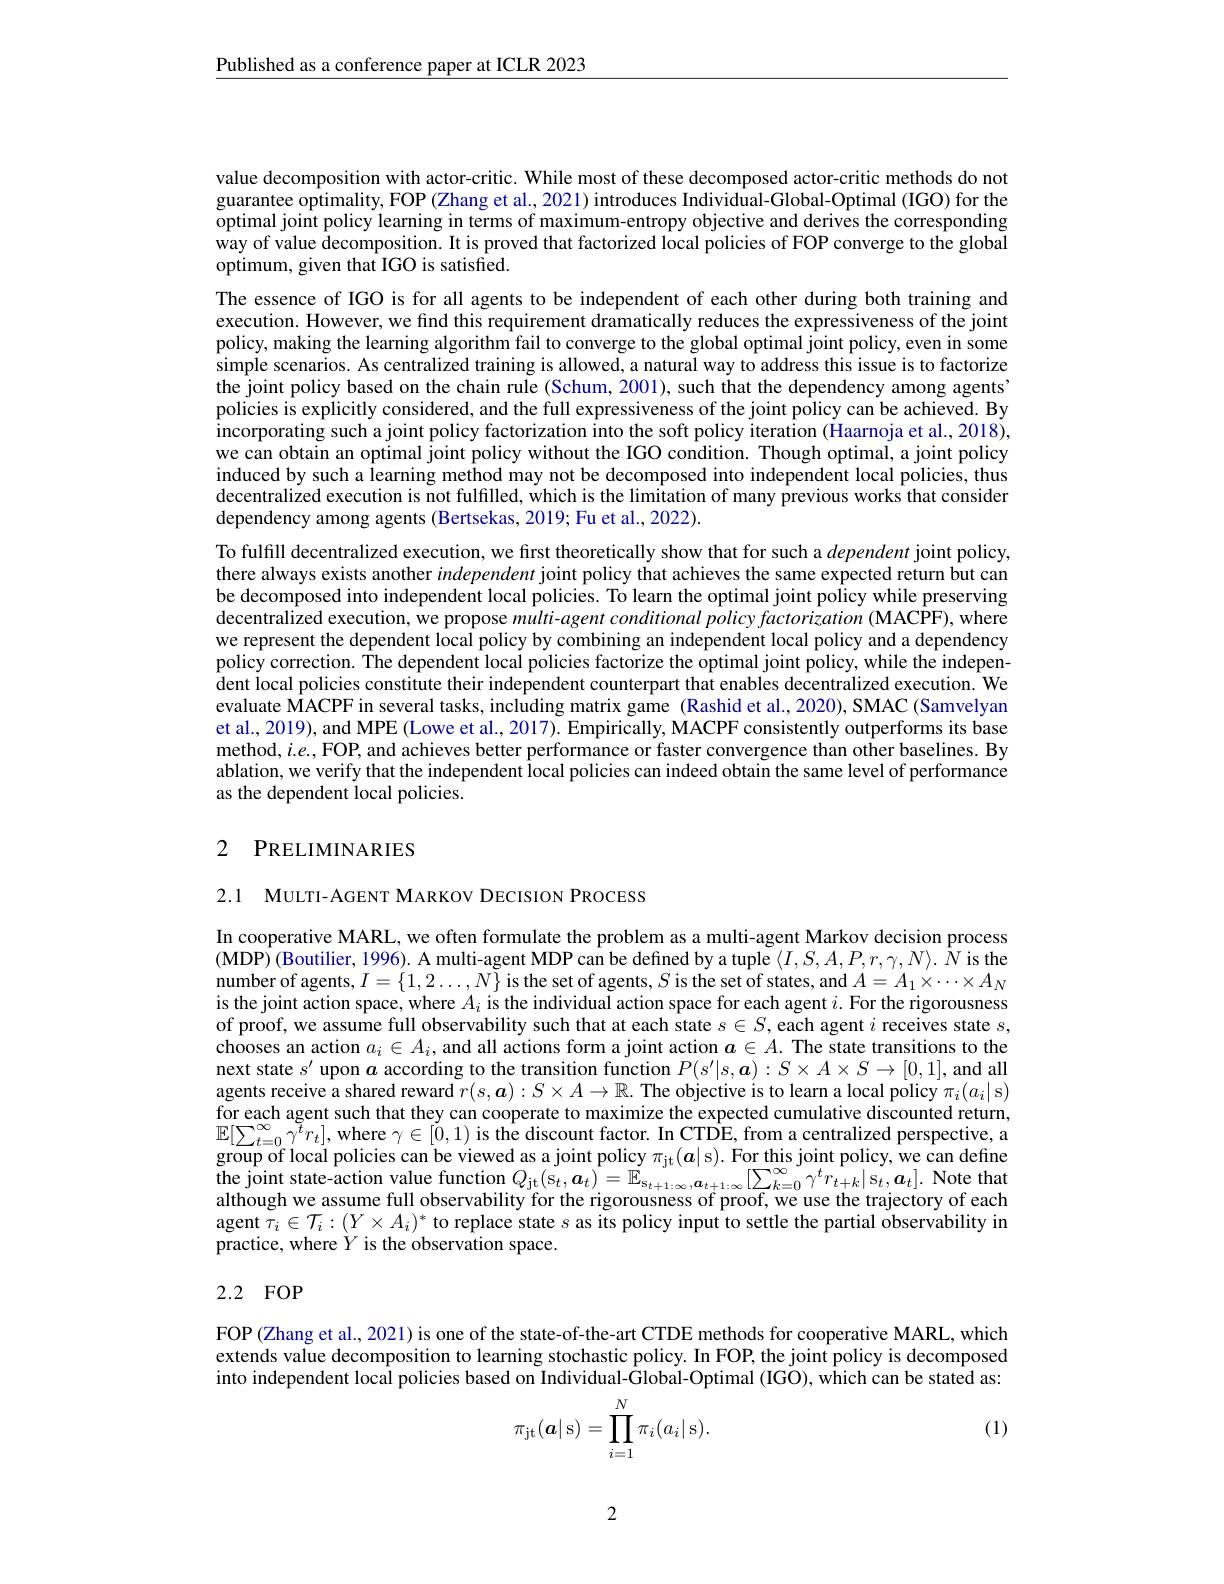
Published as a conference paper at ICLR 2023

value decomposition with actor-critic. While most of these decomposed actor-critic methods do not guarantee optimality, FOP (Zhang et al., 2021) introduces Individual-Global-Optimal (IGO) for the optimal joint policy learning in terms of maximum-entropy objective and derives the corresponding way of value decomposition. It is proved that factorized local policies of FOP converge to the global optimum, given that IGO is satisfied.

The essence of IGO is for all agents to be independent of each other during both training and execution. However, we find this requirement dramatically reduces the expressiveness of the joint policy, making the learning algorithm fail to converge to the global optimal joint policy, even in some simple scenarios. As centralized training is allowed, a natural way to address this issue is to factorize the joint policy based on the chain rule (Schum, 2001), such that the dependency among agents' policies is explicitly considered, and the full expressiveness of the joint policy can be achieved. By $\hat{\text{incorporating such a joint policy factorization into the soft policy iteration (Haarnoja et al., 2018),}}$ we can obtain an optimal joint policy without the IGO condition. Though optimal, a joint policy induced by such a learning method may not be decomposed into independent local policies, thus decentralized execution is not fulfilled, which is the limitation of many previous works that consider dependency among agents (Bertsekas, 2019; Fu et al., 2022).

To fulfill decentralized execution, we first theoretically show that for such a dependent joint policy, there always exists another independent joint policy that achieves the same expected return but can be decomposed into independent local policies. To learn the optimal joint policy while preserving $\hat{\text{decentralized execution, we propose milti-agent conditional policy factorization (MACPF), where}}$ we represent the dependent local policy by combining an independent local policy and a dependency $\hat{\text{policy correction. The dependent local policies factorize the optimal joint policy, while the indepen-}}$ $\hat{\text{dent local policies constitute their independent counterpart that enables decentralized execution. We}}$ evaluate $\hat{\mathbf{M}}$ACPF in several tasks, including matrix game (Rashid et al.,2020), SMAC (Samvelyan et al., 2019), and MPE (Lowe et al., 2017). Empirically, MACPF consistently outperforms its base method, $i.e.$,FOP, and achieves better performance or faster convergence than other baselines. By ablation, we verify that the independent local policies can indeed obtain the same level of performance as the dependent local policies.

### 2 PRELIMINARIES

2.1 MULTI-AGENT MARKOV DECISION PROCESS

In cooperative MARL, we often formulate the problem as a multi-agent Markov decision process (MDP) (Boutilier, 1996). A multi-agent MDP can be defined by a tuple $\langle I,S,A,P,r,\gamma,N\rangle.\bar{N}$ is the number of agents, $I=\{1,2\ldots,N\}$ is the set of agents, $S$ is the set of states, and $A=A_1\times\cdots\times A_N$ is the joint action space, where $A_i$ is the individual action space for each agent $i.$ For the rigorousness of proof, we assume full observability such that at each state $s\in S$,each agent $i$ receives state $s$, chooses an action $a_i\in A_i$, and all actions form a joint action $a\in A.$ The state transitions to the next state $s^\prime$ upon $a$ according to the transition function $P(s^\prime|s,\boldsymbol{a}):S\times A\times S\to[0,1]$, and all agents receive a shared reward $r(s,\boldsymbol{a}):S\times A\to\mathbb{R}.$ The objective is to learn a local policy $\pi_i(a_i|$ s) for each agent such that they can cooperate to maximize the expected cumulative discounted return, $\mathbb{E}[\sum_{t=0}^\infty\gamma^tr_t]$,where $\gamma\in[0,1)$ is the discount factor. In CTDE, from a centralized perspective, a group of local policies can be viewed as a joint policy $\pi_{\mathrm{jt}}(a|$s). For this joint policy, we can define the joint state-action value function $Q_{\mathrm{jt}}(\mathrm{s}_t,\boldsymbol{a}_t)=\mathbb{E}_{\mathrm{s}_t+1:\infty},\boldsymbol{a}_{t+1:\infty}\left[\sum_{k=0}^{\infty}\gamma^tr_{t+k}|\mathrm{s}_t,\boldsymbol{a}_t\right].$ Note that al agent $\tau_i\in\mathcal{T}_i:(Y\times A_i)^*$ to replace state $s$ as its policy input to settle the partial observability in practice, where $\grave{Y}$ is the observation space.

### 2.2 FOP

FOP (Zhang et al., 2021) is one of the state-of-the-art CTDE methods for cooperative MARL, which extends value decomposition to learning stochastic policy. In FOP, the joint policy is decomposed into independent local policies based on Individual-$\hat{\text{Global-Optimal(IGO),which can be stated as:}}$
$$\pi_{\mathrm{jt}}(\boldsymbol{a}|\:\mathrm{s})=\prod_{i=1}^{N}\pi_{i}(a_{i}|\:\mathrm{s}).$$
(1)

2